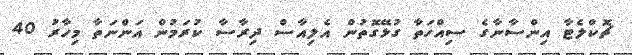
ޗޮކްލެޓާ އިންސާނާގެ ސިއްހަތާ ގުޅޭގޮތުން އެލިއާސް ދިރާސާ ކުރަމުން އަންނަތާ މިހާރު 40